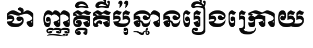
ថា ញ្ញត្តិគឺប៉ុន្មានរឿងក្រោយ